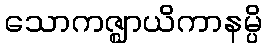
သောကဇ္ဈာယိကာနမ္ပိ